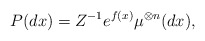
\begin{align*} P(dx) = Z^{-1} e^{f(x)}\mu^{\otimes n}(dx),\end{align*}